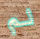
لم